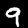
Digit: 9